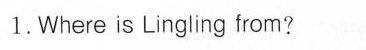
1.Where is Lingling from?